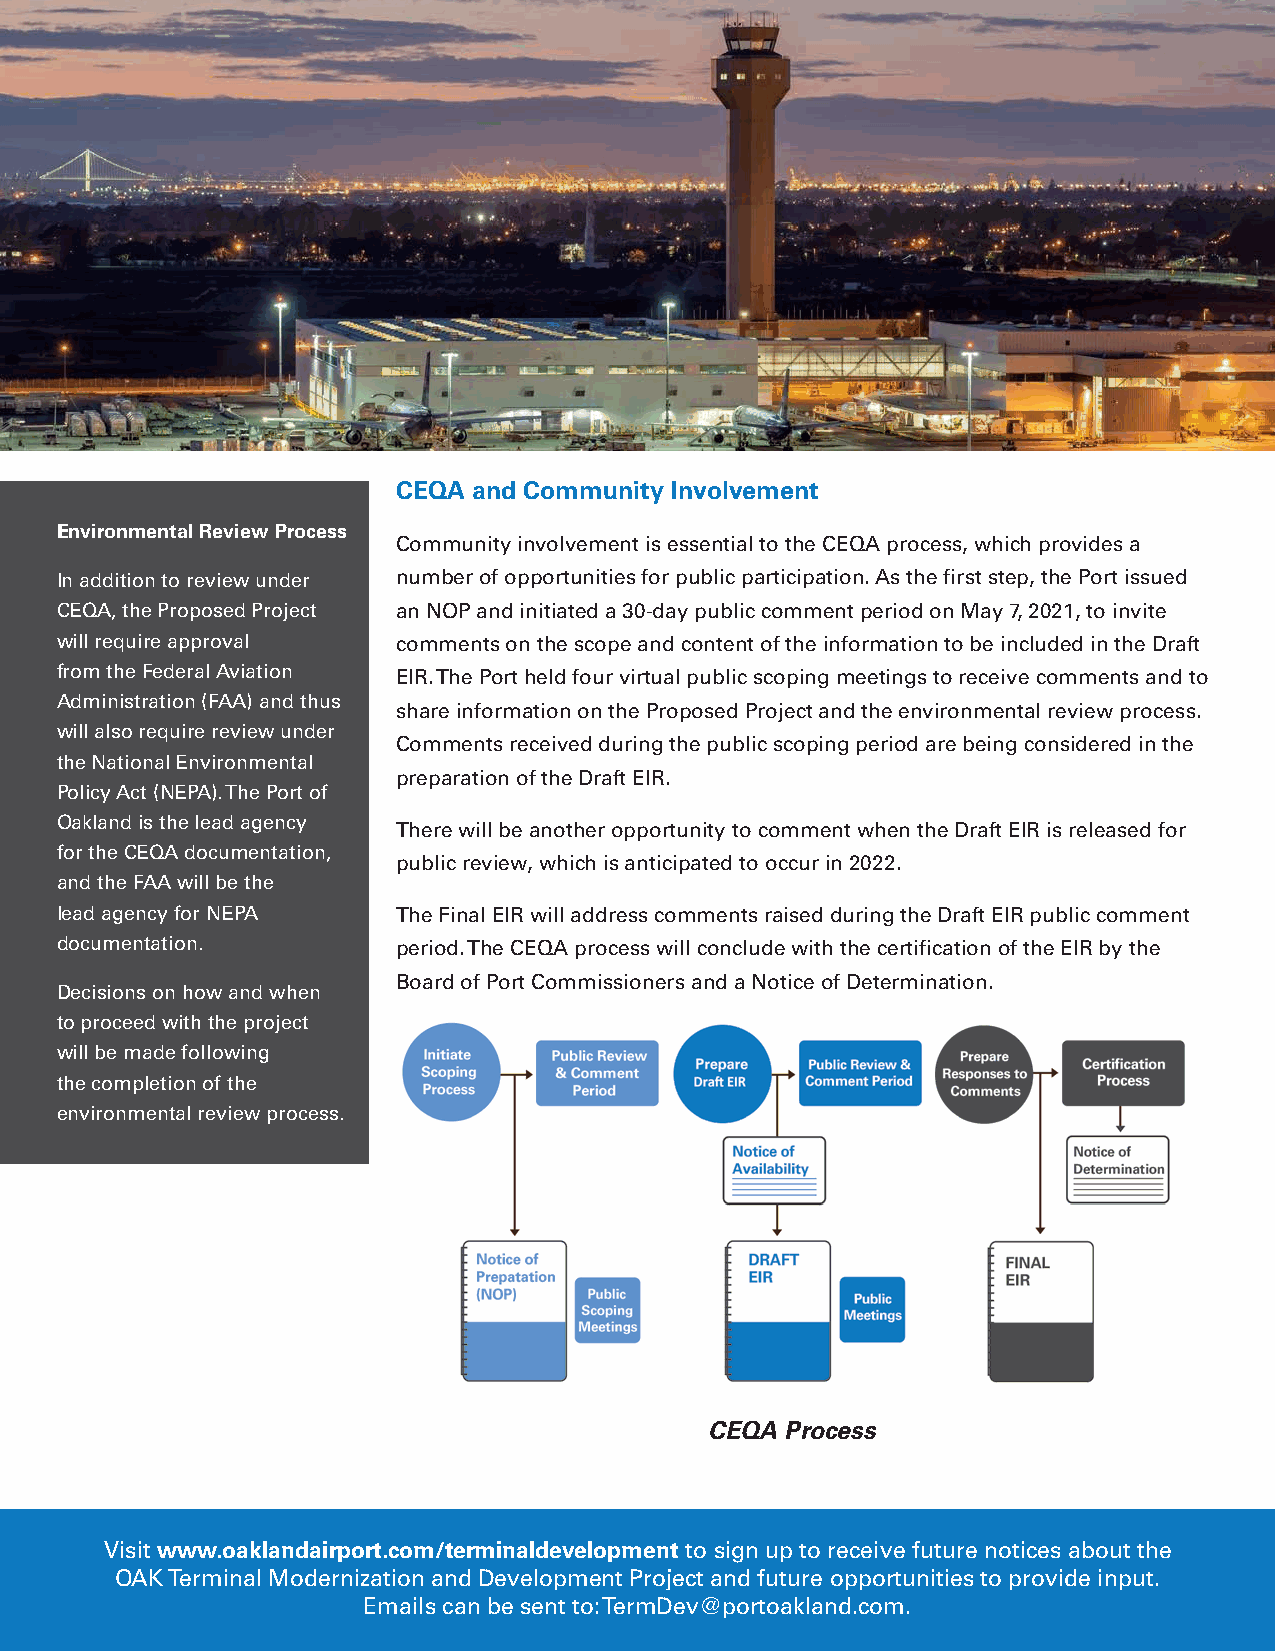
CEQA and Community Involvement
 Environmental Review Process
 Community involvement is essential to the CEQA process, which provides a
 In addition to review under number of opportunities for public participation. As the first step, the Port issued
 CEQA, the Proposed Project an NOP and initiated a 30-day public comment period on May 7, 2021, to invite
 will require approval comments on the scope and content of the information to be included in the Draft
 from the Federal Aviation EIR. The Port held four virtual public scoping meetings to receive comments and to
 Administration (FAA) and thus
 share information on the Proposed Project and the environmental review process.
 will also require review under
 Comments received during the public scoping period are being considered in the
 the National Environmental
 preparation of the Draft EIR.
 Policy Act (NEPA). The Port of
 Oakland is the lead agency
 There will be another opportunity to comment when the Draft EIR is released for
 for the CEQA documentation,
 public review, which is anticipated to occur in 2022.
 and the FAA will be the
 lead agency for NEPA  The Final EIR will address comments raised during the Draft EIR public comment
 documentation.        period. The CEQA process will conclude with the certification of the EIR by the
 Board of Port Commissioners and a Notice of Determination.
 Decisions on how and when
 to proceed with the project
 will be made following
 the completion of the
 environmental review process.
 CEQA Process
 Visit www.oaklandairport.com/terminaldevelopment to sign up to receive future notices about the
 OAK Terminal Modernization and Development Project and future opportunities to provide input.
 Emails can be sent to: TermDev@portoakland.com.